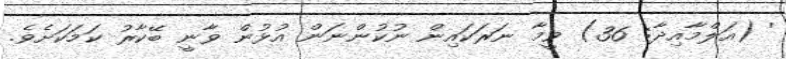
' (އަލްމާއިދާ: 36) ވީމާ ނަރަކައިން ނުކުންނަން އުޅުން ވާނީ ބޭކާރު ކަމަކަށެވެ.